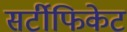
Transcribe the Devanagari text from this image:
सर्टीफिकेट